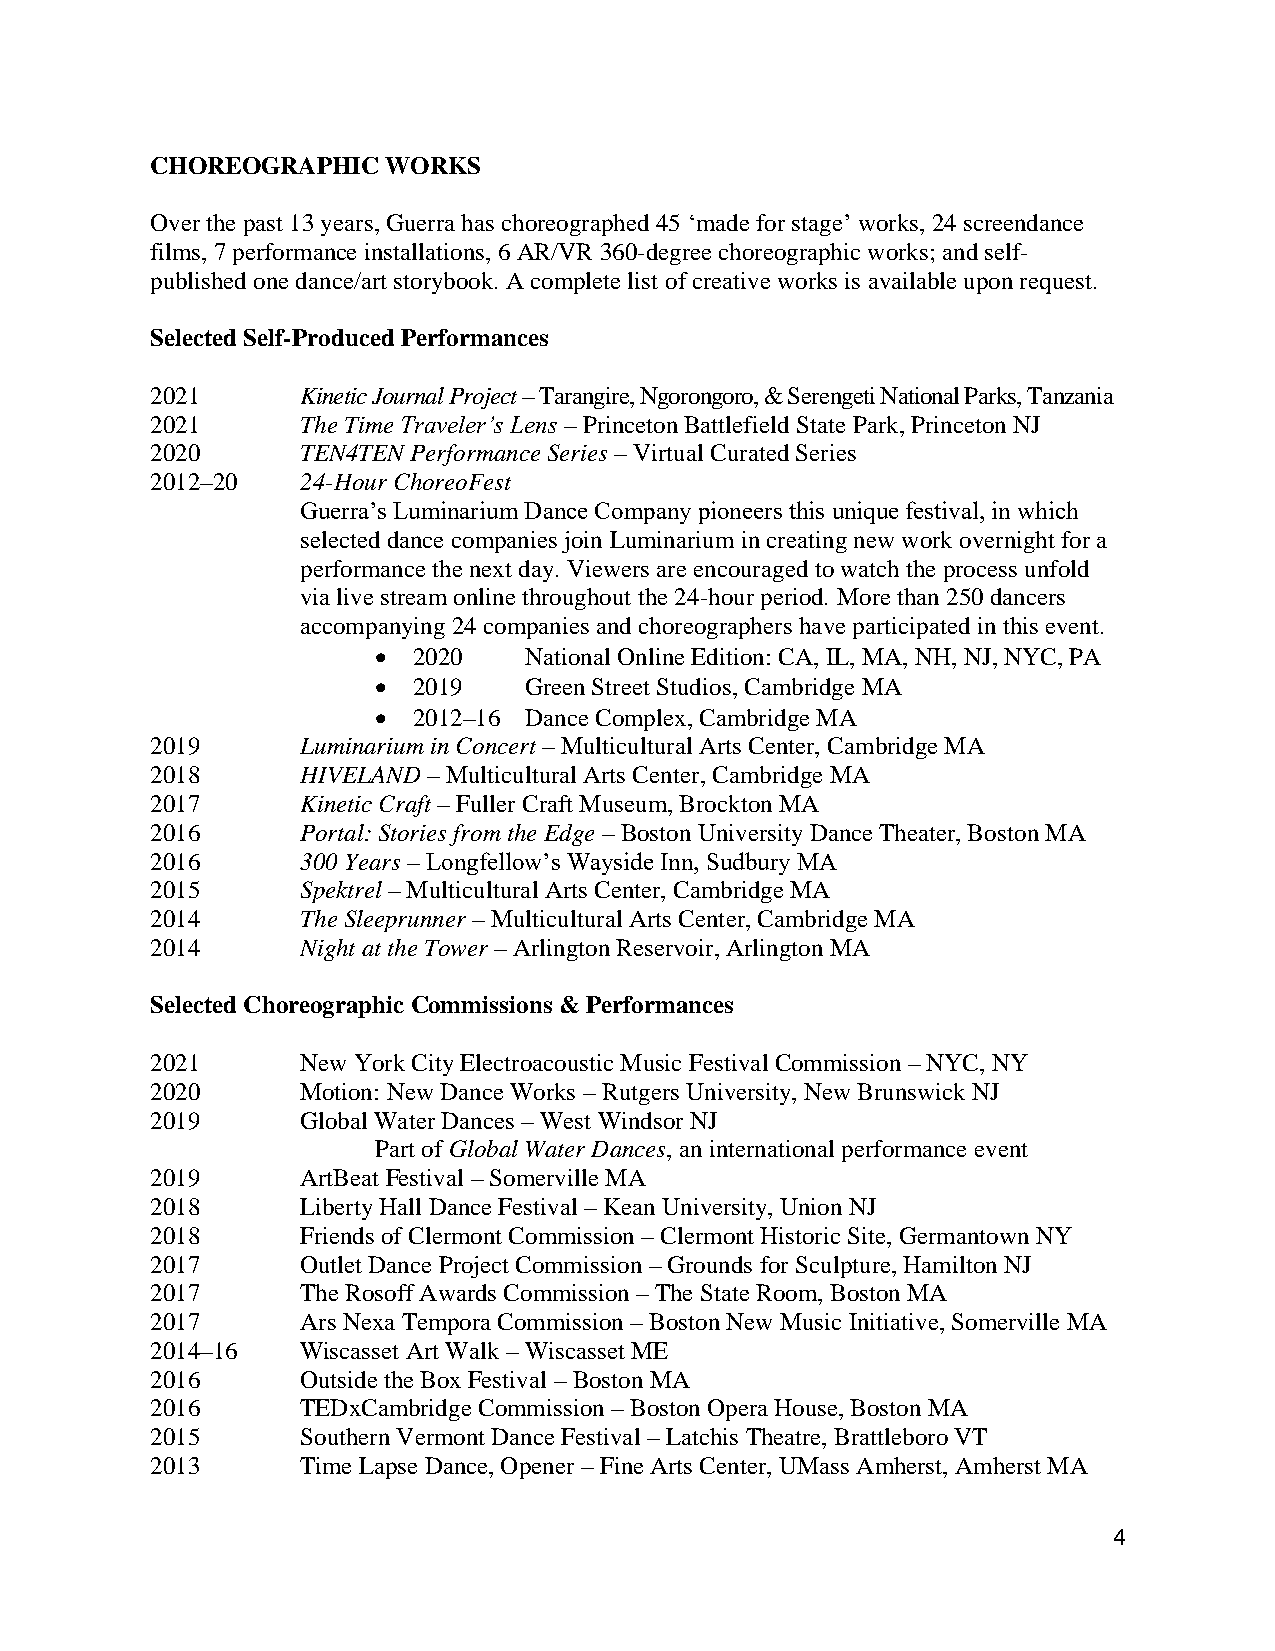
CHOREOGRAPHIC   WORKS
 Over the past 13 years, Guerra has choreographed 45 ‘made for stage’ works, 24 screendance
 films, 7 performance installations, 6 AR/VR 360-degree choreographic works; and self-
 published one dance/art storybook. A complete list of creative works is available upon request.
 Selected Self-Produced Performances
 2021      Kinetic Journal Project – Tarangire, Ngorongoro, & Serengeti National Parks, Tanzania
 2021      The Time Traveler’s Lens – Princeton Battlefield State Park, Princeton NJ
 2020      TEN4TEN Performance Series – Virtual Curated Series
 2012–20   24-Hour ChoreoFest
 Guerra’s Luminarium Dance Company pioneers this unique festival, in which
 selected dance companies join Luminarium in creating new work overnight for a
 performance the next day. Viewers are encouraged to watch the process unfold
 via live stream online throughout the 24-hour period. More than 250 dancers
 accompanying 24 companies and choreographers have participated in this event.
 • 2020    National Online Edition: CA, IL, MA, NH, NJ, NYC, PA
 • 2019    Green Street Studios, Cambridge MA
 • 2012–16 Dance Complex, Cambridge MA
 2019      Luminarium in Concert – Multicultural Arts Center, Cambridge MA
 2018      HIVELAND – Multicultural Arts Center, Cambridge MA
 2017      Kinetic Craft – Fuller Craft Museum, Brockton MA
 2016      Portal: Stories from the Edge – Boston University Dance Theater, Boston MA
 2016      300 Years – Longfellow’s Wayside Inn, Sudbury MA
 2015      Spektrel – Multicultural Arts Center, Cambridge MA
 2014      The Sleeprunner – Multicultural Arts Center, Cambridge MA
 2014      Night at the Tower – Arlington Reservoir, Arlington MA
 Selected Choreographic Commissions & Performances
 2021      New York City Electroacoustic Music Festival Commission – NYC, NY
 2020      Motion: New Dance Works – Rutgers University, New Brunswick NJ
 2019      Global Water Dances – West Windsor NJ
 Part of Global Water Dances, an international performance event
 2019      ArtBeat Festival – Somerville MA
 2018      Liberty Hall Dance Festival – Kean University, Union NJ
 2018      Friends of Clermont Commission – Clermont Historic Site, Germantown NY
 2017      Outlet Dance Project Commission – Grounds for Sculpture, Hamilton NJ
 2017      The Rosoff Awards Commission – The State Room, Boston MA
 2017      Ars Nexa Tempora Commission – Boston New Music Initiative, Somerville MA
 2014–16   Wiscasset Art Walk – Wiscasset ME
 2016      Outside the Box Festival – Boston MA
 2016      TEDxCambridge Commission – Boston Opera House, Boston MA
 2015      Southern Vermont Dance Festival – Latchis Theatre, Brattleboro VT
 2013      Time Lapse Dance, Opener – Fine Arts Center, UMass Amherst, Amherst MA
 4